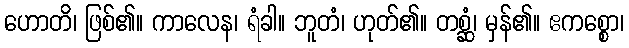
ဟောတိ၊ ဖြစ်၏။ ကာလေန၊ ရံခါ။ ဘူတံ၊ ဟုတ်၏။ တစ္ဆံ၊ မှန်၏။ ဧကစ္စော၊